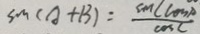
\sin ( A + B ) = \frac { \sin C \cos p } { \cos C }